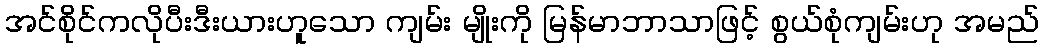
အင်စိုင်ကလိုပီးဒီးယားဟူသော ကျမ်း မျိုးကို မြန်မာဘာသာဖြင့် စွယ်စုံကျမ်းဟု အမည်